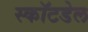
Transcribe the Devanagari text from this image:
स्कॉटडेल